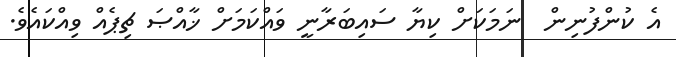
އެ ކުންފުނިން  ނަމަކަށް ކިޔާ ސައިބަރާނީ ވައްކަމަށް ޚާއްޞަ ޗިޕެއް ވިއްކައެވެ.